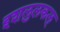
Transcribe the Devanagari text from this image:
इशलुलकल्